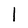
Character: 1